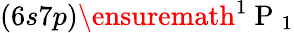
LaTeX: (6s7p)\ensuremath{{^1\mathrm{~P~}_{1}}}